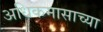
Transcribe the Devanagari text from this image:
अधिकमासाच्या